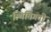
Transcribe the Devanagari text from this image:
स्थितिगती